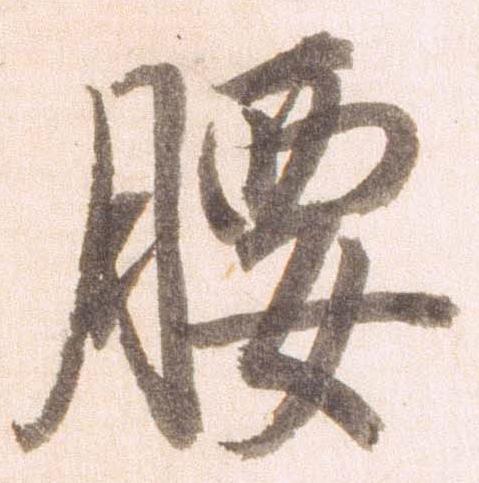
腰